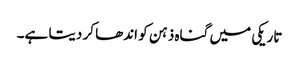
تاریکی میں گناہ ذہن کو اندھا کر دیتا ہے۔